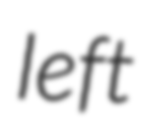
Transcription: left